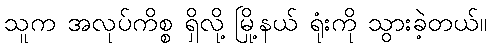
သူက အလုပ်ကိစ္စ ရှိလို့ မြို့နယ် ရုံးကို သွားခဲ့တယ်။